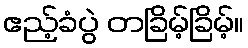
ဧည့်ခံပွဲ တခြိမ့်ခြိမ့်။